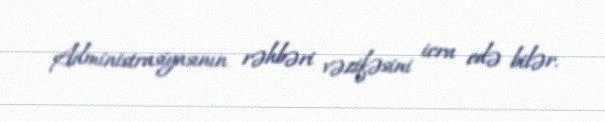
Administrasiyasının rəhbəri vəzifəsini icra edə bilər.